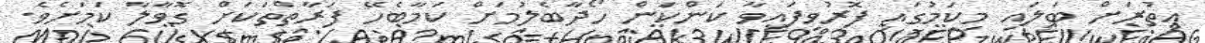
އިތުރަށް ބަލައި މިކަމުގައި ފޮރުވިފައިވާ ކަންކަން ހޯދާބެލުމަށް ކަމާބެހޭ ފަރާތްތަކަށް ގޮވާލާ ކަމަށެވެ.